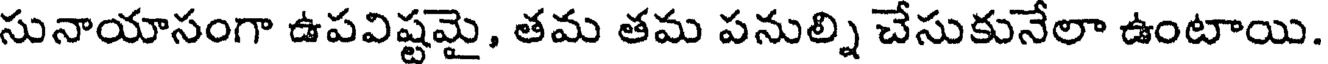
సునాయాసంగా ఉపవిష్టమై, తమ తమ పనుల్ని చేసుకునేలా ఉంటాయి.